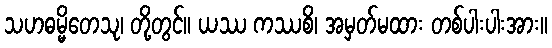
သဟဓမ္မိတေသု၊ တို့တွင်။ ယဿ ကဿစိ၊ အမှတ်မထား တစ်ပါးပါးအား။